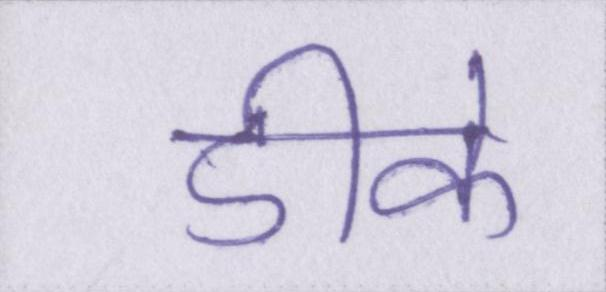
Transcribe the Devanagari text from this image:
डीके